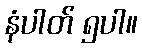
နံပါတ် ၅ပါ။